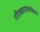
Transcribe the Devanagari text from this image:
गीतकारांबरोबरच